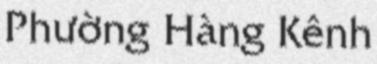
Phường Hàng Kênh